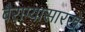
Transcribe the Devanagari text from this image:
बैराग्यासारखे